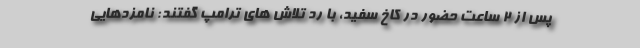
پس از ۲ ساعت حضور در کاخ سفید، با رد تلاش های ترامپ گفتند: نامزدهایی